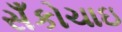
સઁકોચાઇ